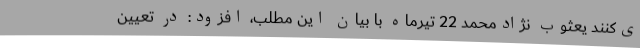
ی‌کنند یعثوب نژادمحمد 22 تیرماه با بیان این مطلب، افزود: در تعیین